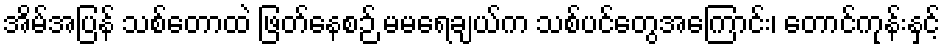
အိမ်အပြန် သစ်တောထဲ ဖြတ်နေစဉ် မမရေချယ်က သစ်ပင်တွေအကြောင်း၊ တောင်ကုန်းနှင့်